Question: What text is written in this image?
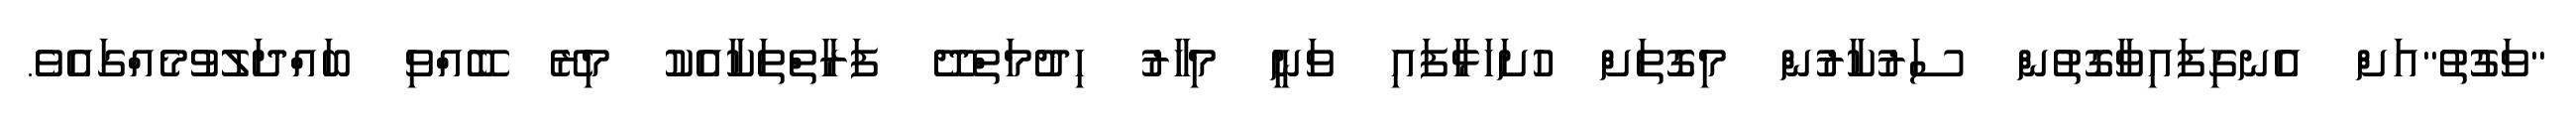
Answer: "ވަގުުތު"އަށް އެނގިފައިވާގޮތުން ސަރުކާރުން މިގޮތަށް ހުށަހަޅާފައި ވަނީ މިހާރު ހިދުމަތްދޭ ފަރާތްތަކާއެކު މިރޭ ބޭއްވި ބައްދަލުވުމެއްގައެވެ.